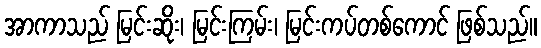
အာကာသည် မြင်းဆိုး၊ မြင်းကြမ်း၊ မြင်းကပ်တစ်ကောင် ဖြစ်သည်။